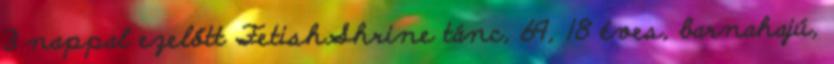
3 nappal ezelőtt FetishShrine tánc, 69, 18 éves, barnahajú,